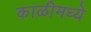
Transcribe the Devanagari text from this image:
काळीमध्ये